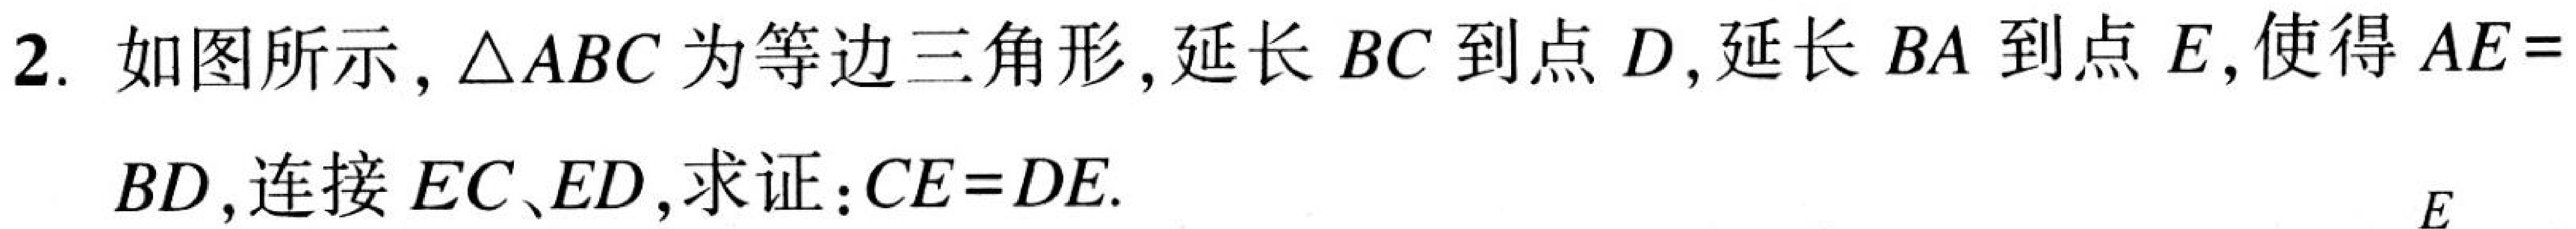
2. 如图所示, \(\triangle ABC\)为等边三角形, 延长 \(BC\)到点 \(D\), 延长 \(BA\)到点 \(E\),使得 \(AE = BD\), 连接 \(EC、ED\), 求证：\(CE = DE\).